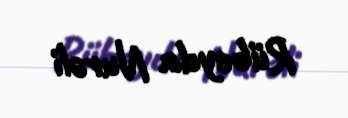
Rübeyda Nurəli